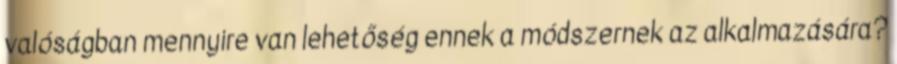
valóságban mennyire van lehetőség ennek a módszernek az alkalmazására?